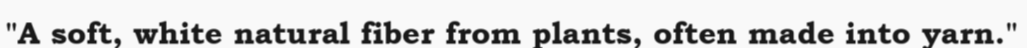
"A soft, white natural fiber from plants, often made into yarn."